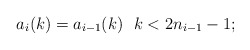
\begin{align*}a_i(k)=a_{i-1}(k) \ \ k< 2n_{i-1}-1;\end{align*}